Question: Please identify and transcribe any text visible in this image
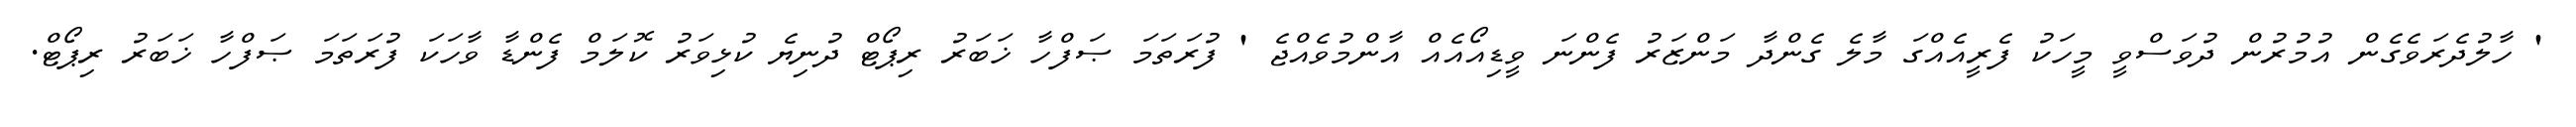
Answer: ' ހާލުދެރަވެގެން އުމުރުން ދުވަސްވީ މީހަކު ފެރީއެއްގަ މާލެ ގެންދާ މަންޒަރު ފެންނަ ވީޑިއޯއެއް އާންމުވެއްޖެ ' ފުރަތަމަ ޞަފްހާ ޚަބަރު ރިޕޯޓް ދުނިޔެ ކުޅިވަރު ކޮލަމް ފެންޑާ ވާހަކަ ފުރަތަމަ ޞަފްހާ ޚަބަރު ރިޕޯޓް.